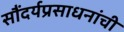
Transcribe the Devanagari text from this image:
सौंदर्यप्रसाधनांची